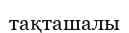
тақташалы